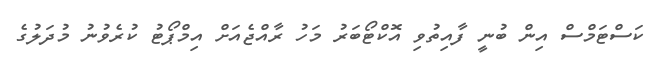
ކަސްޓަމްސް އިން ބުނީ ފާއިތުވި އޮކްޓޯބަރު މަހު ރާއްޖެއަށް އިމްޕޯޓު ކުރެވުނު މުދަލުގެ